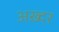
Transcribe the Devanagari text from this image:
अख़्दर